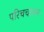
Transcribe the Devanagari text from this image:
परिचचालन